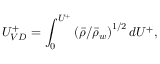
{ U _ { V D } ^ { + } = \int _ { 0 } ^ { U ^ { + } } \left( \bar { \rho } / \bar { \rho } _ { w } \right) ^ { 1 / 2 } d U ^ { + } , }